Medical and sanitary report of the native army of Bengal for the year
Year: 1877
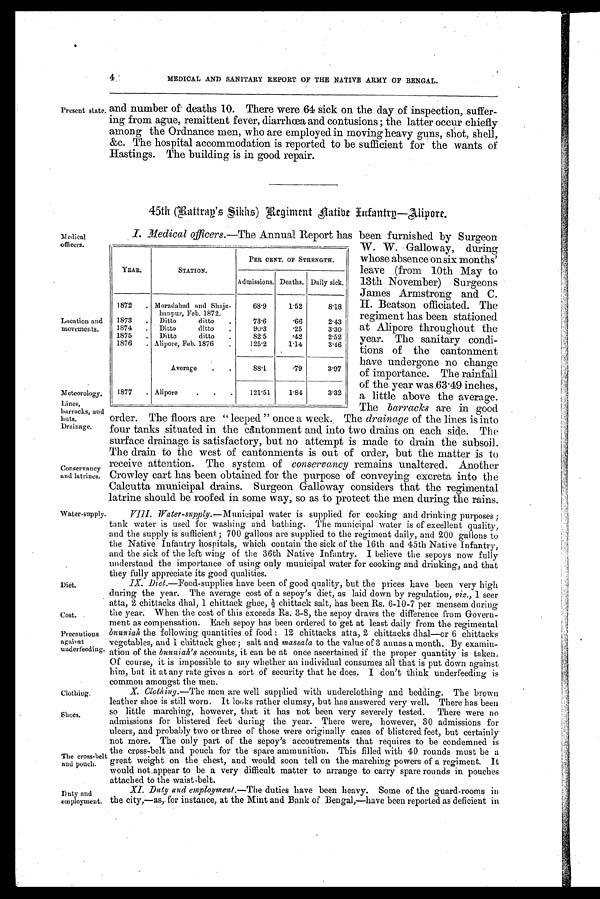
Medical
officers.
Location and
movements.
Meteorology
.
Lines,
barracks, and
huts.
Drainage.
Conservancy
and latrines.
Water supply.
Diet.
Cost.
Precautions
against
underfeeding.
Clothing.
Shoes.
The cross belt
and pouch.
Duty and
employment.
4
MEDICAL AND SANITARY REPORT OF THE NATIVE ARMY OF BENGAL.
Present state. and number of deaths 10. There were 64 sick on the day of inspection, suffer-
ing from ague, remittent fever, diarrhoea and contusions; the latter occur chiefly
among the Ordnance men, who are employed in moving heavy guns, shot, shell,
&c. The hospital accommodation is reported to be sufficient for the wants of
Hastings. The building is in good repair.
45th (Rattrap's Sikhs)Regiment natibe Infantrp—Alipore.
I. Medical officers.—The Annual Report has been furnished by Surgeon
W. W. Galloway, during
whose absence on six months'
leave (from 10th May to
13th November) Surgeons
James Armstrong and C.
H
. Beatson officiated. The
regiment has been stationed
at Alipore throughout the
year. The sanitary condi-
tions of the cantonment
have undergone no change
of importance. The rainfall
of the year was 63.49 inches,
a little above the average.
The barracks are in good
order. The floors are "leeped" once a week. The drainage of the lines is into
four tanks situated in the cantonment and into two drains on each side. The
surface drainage is satisfactory, but no attempt is made to drain the subsoil.
The drain to the west of cantonments is out of order, but the matter is to
receive attention. The system of conservancy remains unaltered. Another
Crowley cart has been obtained for the purpose of conveying excreta into the
Calcutta municipal drains. Surgeon Galloway considers that the regimental
latrine should be roofed in some way, so as to protect the men during the rains.
VIII. Water-supply.— Municipal water is supplied for cooking and drinking purposes ;
tank water is used for ,
w a s h i n g a n d b a t h i n g . T h e m u n i c i p a l w a t e r i s o f e x c e l l e n t q u a l i t y ,
and the supply is sufficient ; 700 gallons are supplied to the regiment daily, and 200 gallons to
the Native Infantry . hospitals, which contain the sick of the 16th and 45th Native Infantry,
and the sick of the left wing of the 36th Native Infantry. I believe the sepoys now fully
understand the importance of using only municipal water for cooking and drinking, and that
they fully appreciate its good qualities.
IX. Diet.—Food-supplies have been of good quality, but the prices have been very high
during the year. The average cost of a sepoy's diet, as laid down by regulation, viz., 1 seer
atta, 2 chittacks dhal, 1 chittack ghee, chittack salt, has been Rs. 6-10-7 per mensem during
the year; When the cost of this exceeds Rs. 3-8, the sepoy draws the difference from Govern
- m e n t a s c o m p e n s a t i o n . E a c h s e p o y h a s b e e n o r d e r e d t o g e t a t l e a s t d a i l y f r o m t h e r e g i m e n t a l
bnuniah the following quantities of food : 12 chittacks atta, 2 chittacks dhal—or 6 chittacks
vegetables, and 1 chittack ghee; salt and massala to the value of 3 annas a month. By examin-
- a t i o n o f t h e
b u n n i a h ' s
a c c o u n t s , i t c a n b e a t o n c e a s c e r t a i n e d i f t h e p r o p e r q u a n t i t y i s t a k e n .
Of course, it is impossible to say whether an individual consumes all that is put down against
him, but it at any rate gives a sort of security that he does. I don't think underfeeding is
common amongst the men.
X.
C l o t h i n g . -
T h e m e n a r e w e l l s u p p l i e d w i t h u n d e r c l o t h i n g a n d b e d d i n g . T h e b r o w n
leather shoe is still worn. It looks rather clumsy, but has answered very well. There has been
so little marching, however, that it has not been very severely tested. There were no
admissions for blistered feet during the year. There were, however, 30 admissions for
ulcers, and probably two or three of those were originally cases of blistered feet, but certainly
not more. The only part of the sepoy's accoutrements that requires to be condemned is
the cross-belt and pouch for the spare ammunition. This filled with 40 rounds must be
a g r e a t w e i g h t o n t h e c h e s t , a n d w o u l d s o o n t e l l o n t h e m a r c h i n g p o w e r s o f a r e g i m e n t . I t
would not,appear to be a very difficult matter to arrange to carry spare rounds in pouches
attached to the waist.belt.
XI. Duty and employment.— The duties have been heavy. Some of the guard-rooms in
the city,—as, for instance, at the Mint and Bank of Bengal,—have been reported as deficient in
YEAR.
STATION.
PER CENT. OF STRENGTH.
Admissions. Deaths. Daily sick.
1872
Moradabad and Shaja-
Kanpur, Feb. 1872.
68.9
1.52
8.18
1873
Ditto
ditto
73.6
.66
2.43
1874
Ditto
ditto
90.3
.25
3.30
1875
Ditto
ditto
82.5
.42
2.52
1876
Alipore, Feb. 1876
125.2
1.14
3.46
Average
88.1
.79
3.97
1877
Alipore
121.51
1.81
3.32